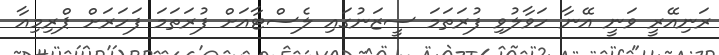
ރަނިއޭރީ ވަނީ އޭނާ ހަވާލުވި ފުރަތަމަ ސީޒަނުގައި ލެސްޓާއަށް ފުރަތަމަ ފަހަރަށް ޕްރިމިއާ